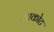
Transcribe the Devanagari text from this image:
आकोट